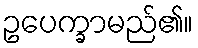
ဥပေက္ခာမည်၏။